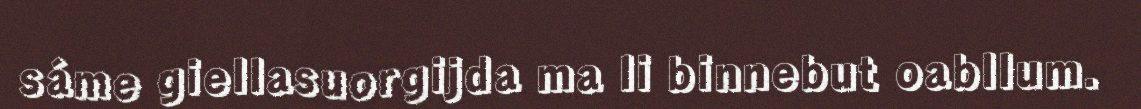
sáme giellasuorgijda ma li binnebut oabllum.